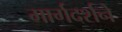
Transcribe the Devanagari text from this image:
मार्गदर्शने